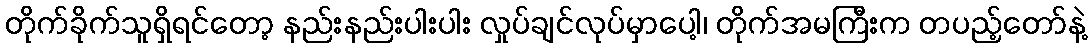
တိုက်ခိုက်သူရှိရင်တော့ နည်းနည်းပါးပါး လှုပ်ချင်လုပ်မှာပေါ့၊ တိုက်အမကြီးက တပည့်တော်နဲ့